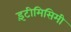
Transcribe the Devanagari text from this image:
इंटीमिसिमी